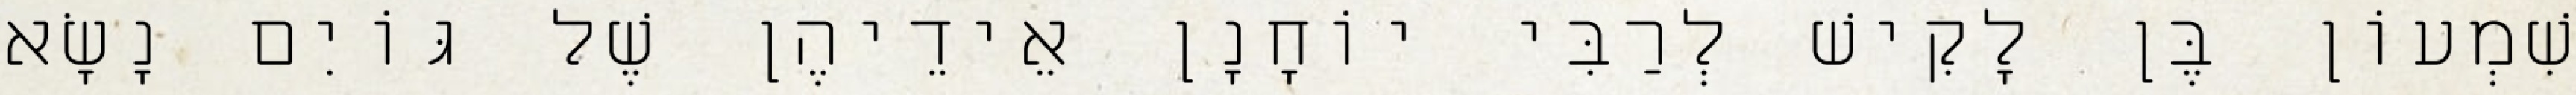
שִׁמְעוֹן בֶּן לָקִישׁ לְרַבִּי יוֹחָנָן אֵידֵיהֶן שֶׁל גּוֹיִם נָשָׂא